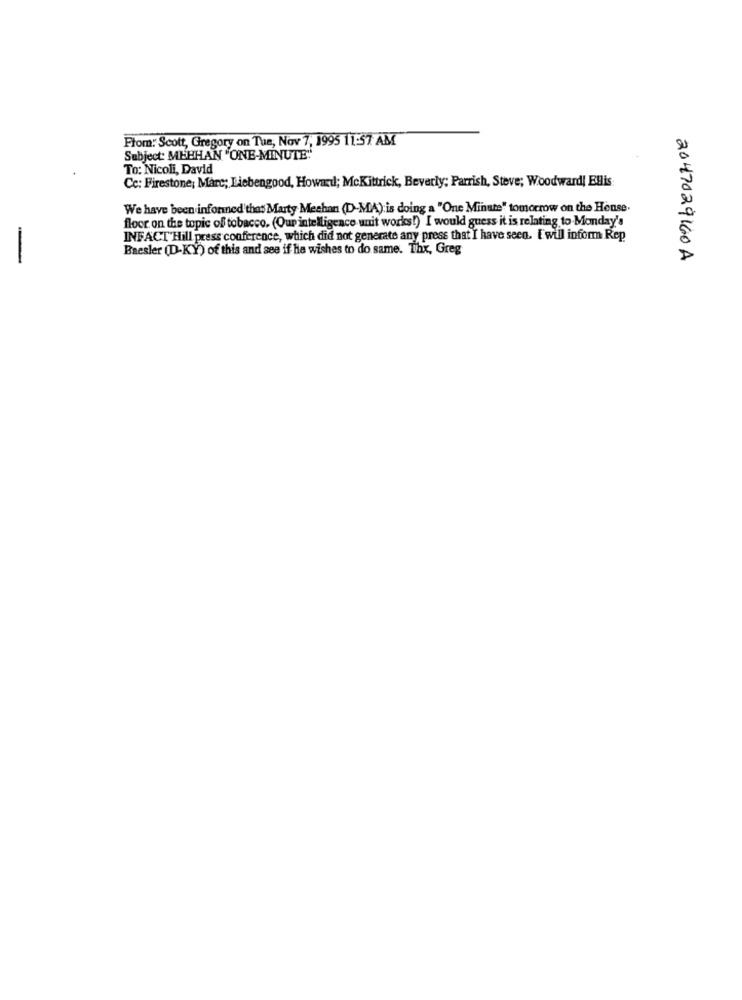
From: Scott, Gregory on Tue, Nov 7, 1995 11:57 AM
Subject: MEBHAN "ONE-MINUTE"
To: Nicoli, David
Cc: Firestone; Marc; Liebengood, Howard; McKittrick, Beverly; Parrish, Steve; Woodward| Ellis
We have been informed that Marty Mechan (D-MA) is doing a "One Minute" tomorrow on the Hense.
floor. on the topic of tobacco. (Our intelligence unit works!) I would guess it is relating to Monday's
INFACT Hill press conference, which did not generate any press that I have seen. I will inform Rep
Baesler (D-KY) of this and see if he wishes to do same. Thx, Greg
-
2047029160 A